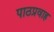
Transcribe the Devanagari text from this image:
पाठप्रवाह